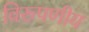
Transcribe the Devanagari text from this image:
विरूपणीय